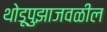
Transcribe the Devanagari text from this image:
थोडूपुझाजवळील